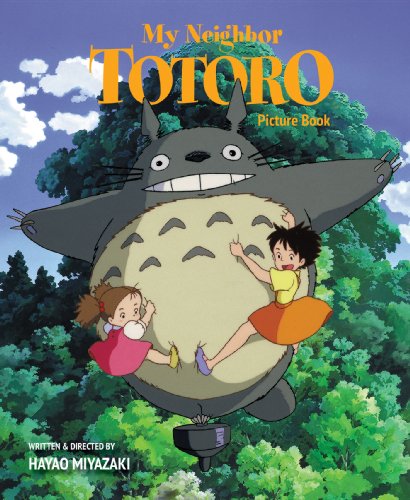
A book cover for My Neighbor Totoro Picture Book (New Edition); Hayao Miyazaki; Comics & Graphic Novels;